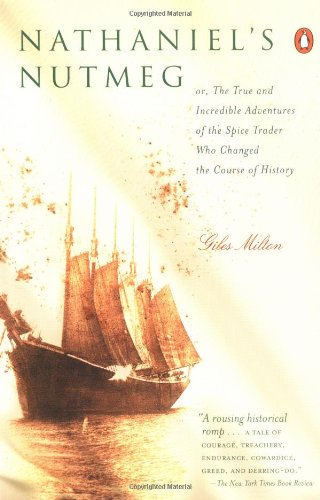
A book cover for Nathaniel's Nutmeg: Or the True and Incredible Adventures of the Spice Trader Who Changed the Course of History; Giles Milton; Biographies & Memoirs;